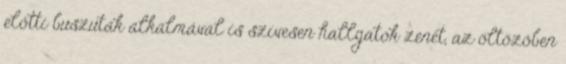
előtti buszutak alkalmával is szívesen hallgatok zenét, az öltözőben